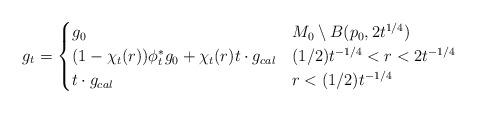
LaTeX: \begin{align*}g_t =\begin{cases}g_0 & M_0 \setminus B(p_0, 2 t^{1/4}) \\(1 - \chi_{t}(r) )\phi_{t}^* g_0 + \chi_{t}(r) t \cdot g_{cal} & (1/2) t^{-1/4} < r < 2 t^{-1/4}\\t \cdot g_{cal} & r < (1/2) t^{-1/4} \\\end{cases}\end{align*}